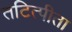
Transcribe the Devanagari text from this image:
तटित्पीता